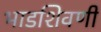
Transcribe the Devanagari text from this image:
भाडशिवणी